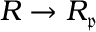
R \to R _ { \mathfrak { p } }